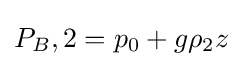
P_{B},2=p_{0}+g\rho _{2}z\!